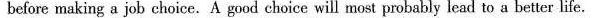
before making a job choice. A good choice will most probably lead to a better life.